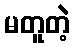
မတူတဲ့